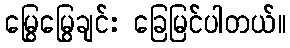
မြွေမြွေချင်း ခြေမြင်ပါတယ်။